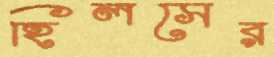
হিলসের